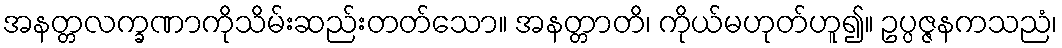
အနတ္တလက္ခဏာကိုသိမ်းဆည်းတတ်သော။ အနတ္တာတိ၊ ကိုယ်မဟုတ်ဟူ၍။ ဥပ္ပဇ္ဇနကသညံ၊